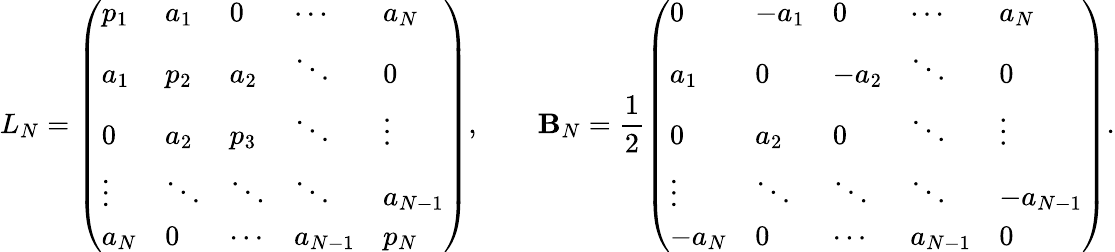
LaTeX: L_{N}=\left(\begin{array}{lllll}{p_{1}}&{a_{1}}&{0}&{\cdots}&{a_{N}}\\ {a_{1}}&{p_{2}}&{a_{2}}&{\ddots}&{0}\\ {0}&{a_{2}}&{p_{3}}&{\ddots}&{\vdots}\\ {\vdots}&{\ddots}&{\ddots}&{\ddots}&{a_{N-1}}\\ {a_{N}}&{0}&{\cdots}&{a_{N-1}}&{p_{N}}\end{array}\right),\qquad\mathbf{B}_{N}=\frac{{1}}{{2}}\left(\begin{array}{lllll}{0}&{-a_{1}}&{0}&{\cdots}&{a_{N}}\\ {a_{1}}&{0}&{-a_{2}}&{\ddots}&{0}\\ {0}&{a_{2}}&{0}&{\ddots}&{\vdots}\\ {\vdots}&{\ddots}&{\ddots}&{\ddots}&{-a_{N-1}}\\ {-a_{N}}&{0}&{\cdots}&{a_{N-1}}&{0}\end{array}\right).